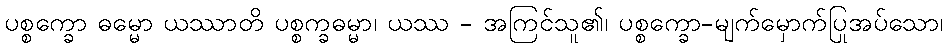
ပစ္စက္ခော ဓမ္မော ယဿာတိ ပစ္စက္ခဓမ္မာ၊ ယဿ - အကြင်သူ၏၊ ပစ္စက္ခော-မျက်မှောက်ပြုအပ်သော၊